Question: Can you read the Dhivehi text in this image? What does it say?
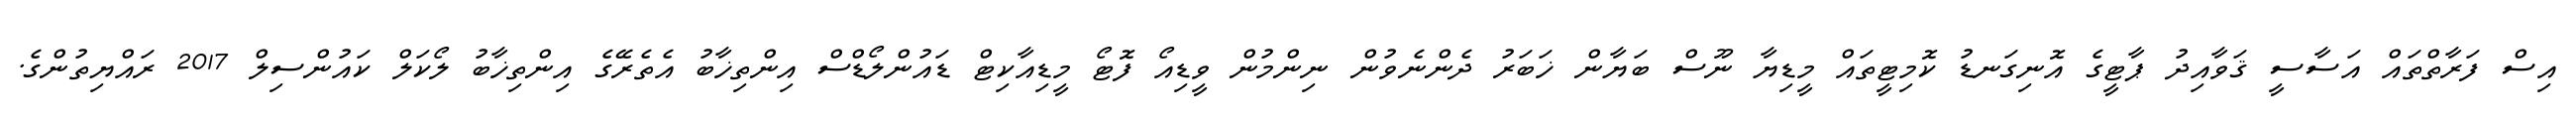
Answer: އިސް ފަރާތްތައް އަސާސީ ޤަވާއިދު ޕާޓީގެ އޮނިގަނޑު ކޮމިޓީތައް މީޑިޔާ ނޫސް ބަޔާން ޚަބަރު ދެންނެވުން ނިންމުން ވީޑިއޯ ފޮޓޯ މީޑިއާކިޓް ޑައުންލޯޑްސް އިންތިޚާބު އެތެރޭގެ އިންތިޚާބު ލޯކަލް ކައުންސިލް 2017 ރައްޔިތުންގެ.